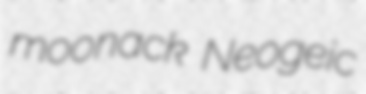
moonack Neogeic